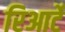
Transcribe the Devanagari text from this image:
रिआर्टे